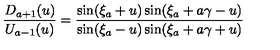
\frac { D _ { a + 1 } ( u ) } { U _ { a - 1 } ( u ) } = \frac { \sin ( \xi _ { a } + u ) \sin ( \xi _ { a } + a \gamma - u ) } { \sin ( \xi _ { a } - u ) \sin ( \xi _ { a } + a \gamma + u ) }